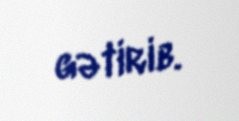
gətirib.